Indian journal of veterinary science and animal husbandry - Volumes 28-29, 1958-1959
Year: 1958
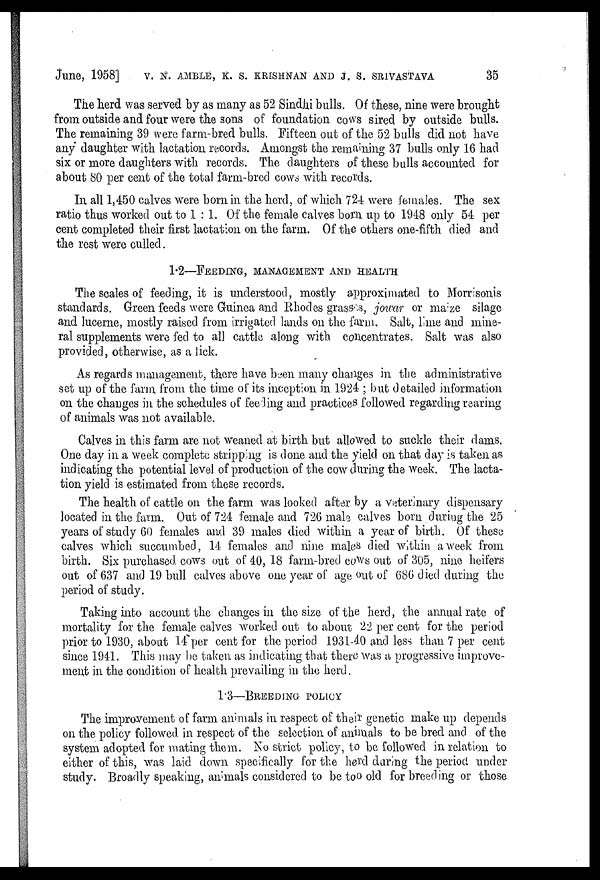
June, 1958] V. N. AMBLE, K. S. KRISHNAN AND J. S. SRIVASTAVA 35
The herd was served by as many as 52 Sindhi bulls. Of these, nine were brought
from outside and four were the sons of foundation cows sired by outside bulls.
The remaining 39 were farm-bred bulls. Fifteen out of the 52 bulls did not have
any daughter with lactation records. Amongst the remaining 37 bulls only 16 had
six or more daughters with records. The daughters of these bulls accounted for
about 80 per cent of the total farm-bred cows with records.
In all 1,450 calves were born in the herd, of which 724 were females. The sex
ratio thus worked out to 1 : 1. Of the female calves born up to 1948 only 54 per
cent completed their first lactation on the farm. Of the others one-fifth died and
the rest were culled.
1.2—FEEDING, MANAGEMENT AND HEALTH
The scales of feeding, it is understood, mostly approximated to Morrisonis
standards. Green feeds were Guinea and Rhodes grasses, jowar or maize silage
and lucerne, mostly raised from irrigated lands on the farm. Salt, lime and mine-
ral supplements were fed to all cattle along with concentrates. Salt was also
provided, otherwise, as a lick.
As regards management, there have been many changes in the administrative
set up of the farm from the time of its inception in 1924 ; but detailed information
on the changes in the schedules of feeding and practices followed regarding rearing
of animals was not available.
Calves in this farm are not weaned at birth but allowed to suckle their dams.
One day in a week complete stripping is done and the yield on that day is taken as
indicating the potential level of production of the cow during the week. The lacta-
tion yield is estimated from these records.
The health of cattle on the farm was looked after by a veterinary dispensary
located in the farm. Out of 724 female and 726 male calves born during the 25
years of study 60 females and 39 males died within a year of birth. Of these
calves which succumbed, 14 females and nine males died within a week from
birth. Six purchased cows out of 40, 18 farm-bred cows out of 305, nine heifers
out of 637 and 19 bull calves above one year of age out of 686 died during the
period of study.
Taking into account the changes in the size of the herd, the annual rate of
mortality for the female calves worked out to about 22 per cent for the period
prior to 1930, about 14 per cent for the period 1931-40 and less than 7 per cent
since 1941. This may be taken as indicating that there was a progressive improve-
ment in the condition of health prevailing in the herd.
1.3—BREEDING POLICY
The improvement of farm animals in respect of their genetic make up depends
on the policy followed in respect of the selection of animals to be bred and of the
system adopted for mating them. No strict policy, to be followed in relation to
either of this, was laid down specifically for the herd during the period under
study. Broadly speaking, animals considered to be too old for breeding or those